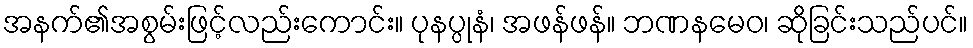
အနက်၏အစွမ်းဖြင့်လည်းကောင်း။ ပုနပ္ပုနံ၊ အဖန်ဖန်။ ဘဏနမေဝ၊ ဆိုခြင်းသည်ပင်။